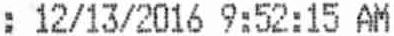
: 12/13/2016 9:52:15 AM